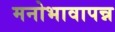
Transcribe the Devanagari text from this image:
मनोभावापन्न